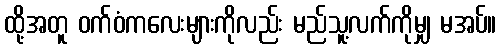
ထို့အတူ ဝက်ဝံကလေးများကိုလည်း မည်သူ့လက်ကိုမျှ မအပ်။